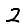
Digit: 2